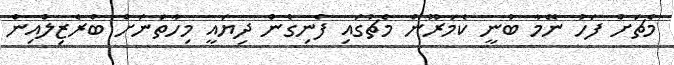
މެޗަށް ފަހު ނޭމާ ބުނީ ކެމަރޫން މެޗުގައި ފެނިގެން ދިޔައީ މިހާތަނަށް ބްރެޒިލްއިން